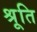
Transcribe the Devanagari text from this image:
श्रूति